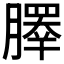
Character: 𰯞